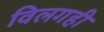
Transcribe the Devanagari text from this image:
विलगही